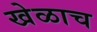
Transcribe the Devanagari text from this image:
खेळाच